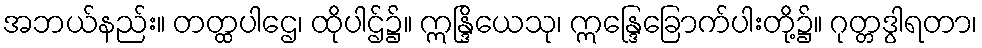
အဘယ်နည်း။ တတ္ထပါဌေ၊ ထိုပါဌ်၌။ ဣန္ဒြိယေသု၊ ဣန္ဒြေခြောက်ပါးတို့၌။ ဂုတ္တဒွါရတာ၊